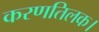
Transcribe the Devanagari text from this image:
करणतिलक।